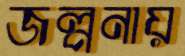
জল্পনায়